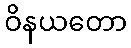
ဝိနယတော